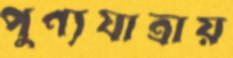
পুণ্যযাত্রায়